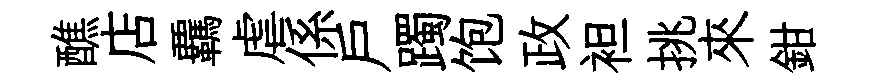
醮店覊虐係戶躅饱政袒挑來鉗